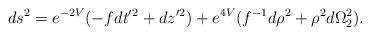
LaTeX: \begin{align*}ds^{2}=e^{-2V}(-fdt^{\prime }{}^{2}+dz^{\prime }{}^{2})+e^{4V}(f^{-1}d\rho^{2}+\rho ^{2}d\Omega _{2}^{2}). \end{align*}